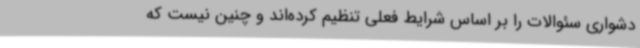
دشواری سئوالات را بر اساس شرایط فعلی تنظیم کرده‌اند و چنین نیست که